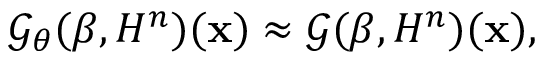
\mathcal { G } _ { \theta } ( \beta , H ^ { n } ) ( \mathbf { x } ) \approx \mathcal { G } ( \beta , H ^ { n } ) ( \mathbf { x } ) ,